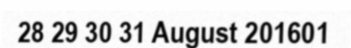
28 29 30 31 August 201601